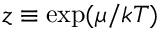
z \equiv \exp ( \mu / k T )